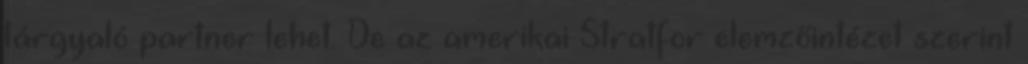
tárgyaló partner lehet. De az amerikai Stratfor elemzőintézet szerint